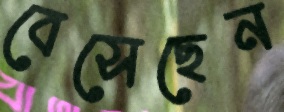
বেসেছেন